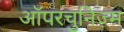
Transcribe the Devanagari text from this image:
ऑपरचुनिज़्म